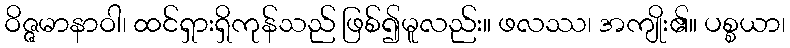
ဝိဇ္ဇမာနာဝါ၊ ထင်ရှားရှိကုန်သည် ဖြစ်၍မူလည်း။ ဖလဿ၊ အကျိုး၏။ ပစ္စယာ၊